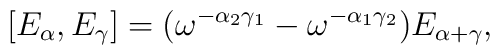
[E_{\alpha}, E_{\gamma}] = (\omega^{-\alpha_2 \gamma_1} -\omega^{-\alpha_1 \gamma_2}) E_{\alpha + \gamma},